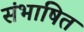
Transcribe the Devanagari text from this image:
संभाषित